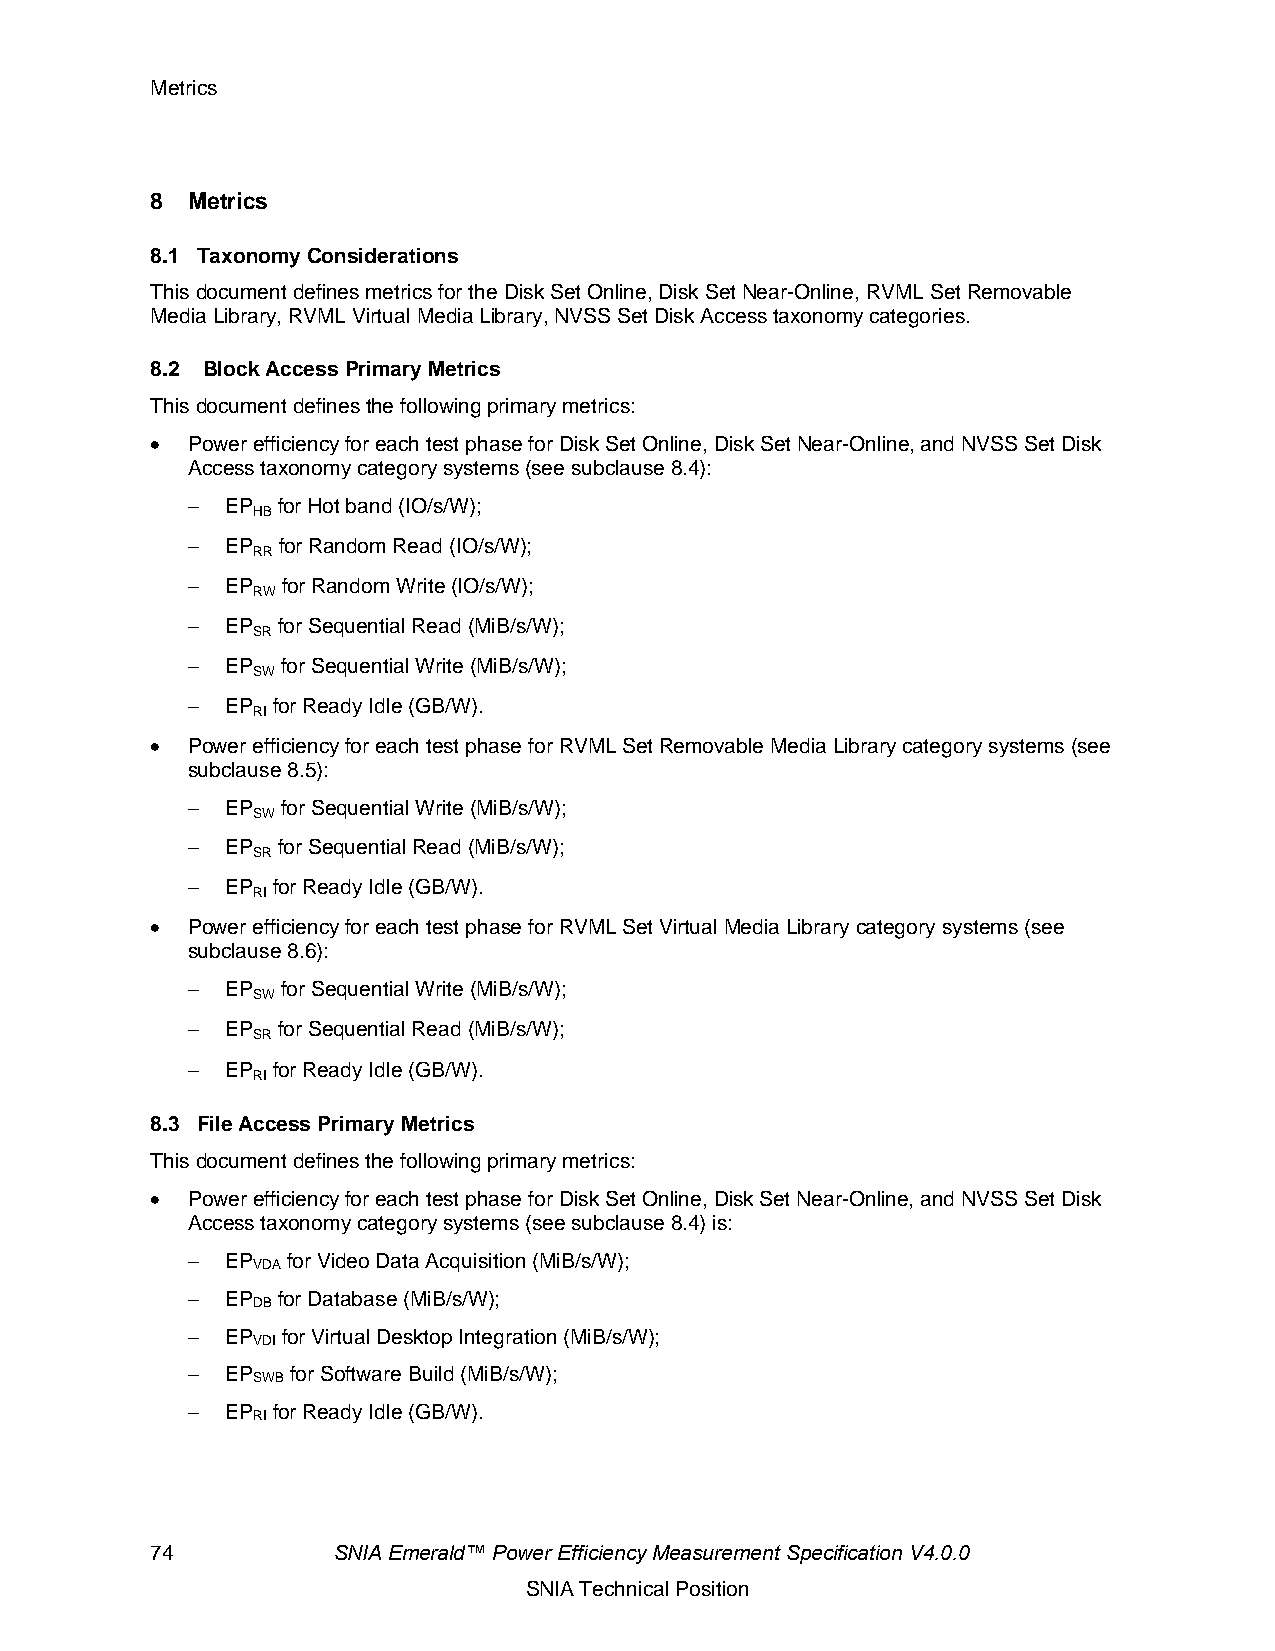
Metrics
 8 Metrics
 8.1 Taxonomy Considerations
 This document defines metrics for the Disk Set Online, Disk Set Near-Online, RVML Set Removable
 Media Library, RVML Virtual Media Library, NVSS Set Disk Access taxonomy categories.
 8.2 Block Access Primary Metrics
 This document defines the following primary metrics:
 • Power efficiency for each test phase for Disk Set Online, Disk Set Near-Online, and NVSS Set Disk
 Access taxonomy category systems (see subclause 8.4):
 −  EP for Hot band (IO/s/W);
 HB
 −  EP for Random Read (IO/s/W);
 RR
 −  EP  for Random Write (IO/s/W);
 RW
 −  EP for Sequential Read (MiB/s/W);
 SR
 −  EP  for Sequential Write (MiB/s/W);
 SW
 −  EP for Ready Idle (GB/W).
 RI
 • Power efficiency for each test phase for RVML Set Removable Media Library category systems (see
 subclause 8.5):
 −  EP  for Sequential Write (MiB/s/W);
 SW
 −  EP for Sequential Read (MiB/s/W);
 SR
 −  EP for Ready Idle (GB/W).
 RI
 • Power efficiency for each test phase for RVML Set Virtual Media Library category systems (see
 subclause 8.6):
 −  EP  for Sequential Write (MiB/s/W);
 SW
 −  EP for Sequential Read (MiB/s/W);
 SR
 −  EP for Ready Idle (GB/W).
 RI
 8.3 File Access Primary Metrics
 This document defines the following primary metrics:
 • Power efficiency for each test phase for Disk Set Online, Disk Set Near-Online, and NVSS Set Disk
 Access taxonomy category systems (see subclause 8.4) is:
 −  EP  for Video Data Acquisition (MiB/s/W);
 VDA
 −  EP for Database (MiB/s/W);
 DB
 −  EP  for Virtual Desktop Integration (MiB/s/W);
 VDI
 −  EP  for Software Build (MiB/s/W);
 SWB
 −  EP for Ready Idle (GB/W).
 RI
 74          SNIA Emerald™ Power Efficiency Measurement Specification V4.0.0
 SNIA Technical Position